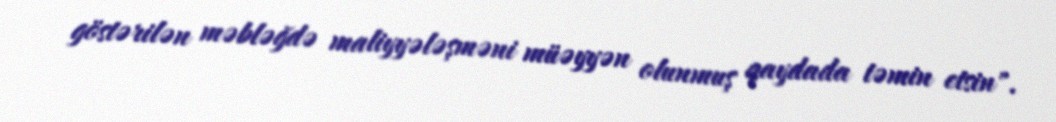
göstərilən məbləğdə maliyyələşməni müəyyən olunmuş qaydada təmin etsin".